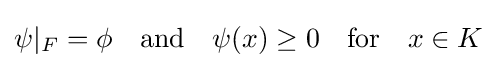
\psi |_{F}=\phi \quad {\text{and}}\quad \psi (x)\geq 0\quad {\text{for}}\quad x\in K